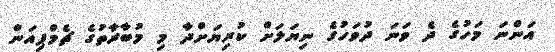
އަންނަ މަހުގެ ދެ ވަނަ ދުވަހުގެ ނިޔަލަށް ކުރިޔަށްދާ މި މުބާރާތުގެ ޗެމްޕިއަން